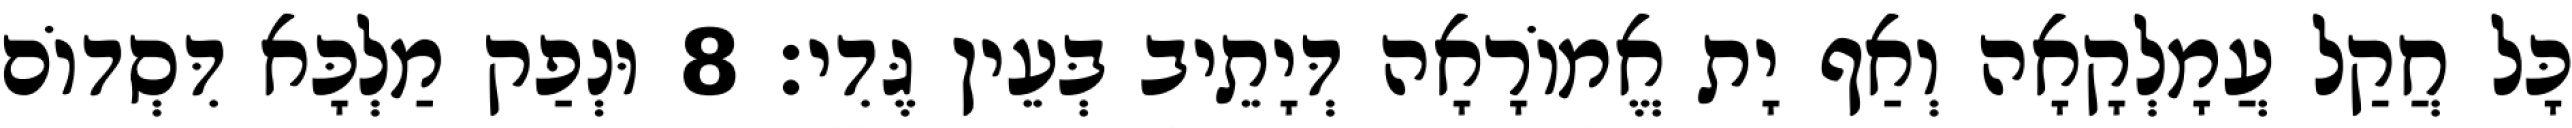
כָּל חֲקַל עֲמָלְקָאָה וְאַף יָת אֱמוֹרָאָה דְּיָתֵיב בְּעֵין גֶּדִי׃ 8 וּנְפַק מַלְכָּא דִּסְדוֹם